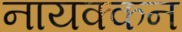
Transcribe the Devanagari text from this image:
नायक्कन